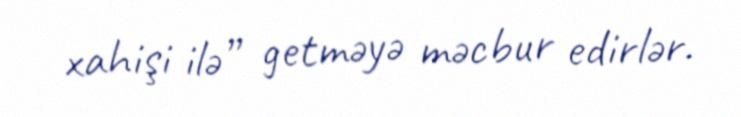
xahişi ilə” getməyə məcbur edirlər.